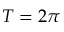
T = 2 \pi